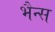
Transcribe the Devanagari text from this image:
भैन्स